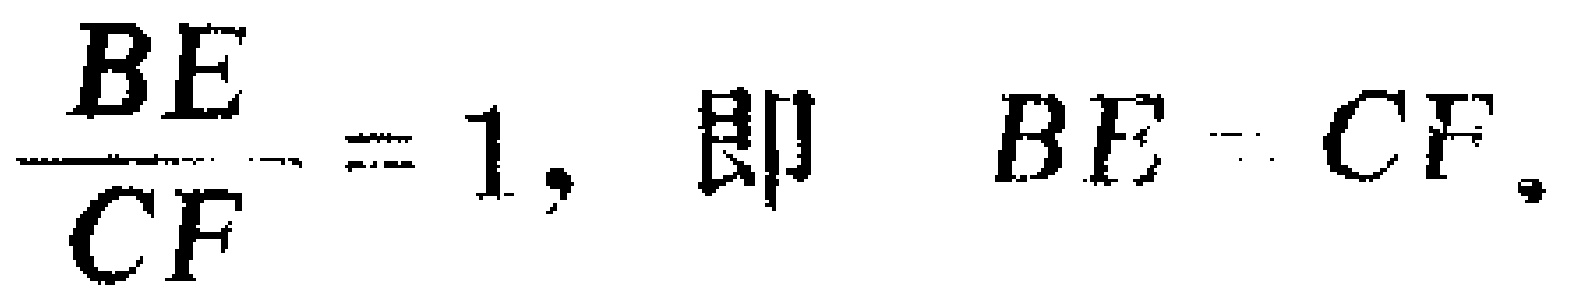
$\frac{BE}{CF}=1, 即\ BE = CF.$